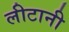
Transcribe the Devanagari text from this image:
लीटानी